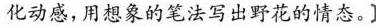
化动感,用想象的笔湛写出野花的情态。]